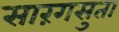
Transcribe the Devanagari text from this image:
सारंगसुता